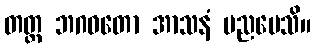
တတ္ထ ဘဂဝတော အာသနံ ပညပေသိ။